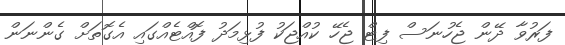
ފަރުވާ ދޭން ޖެހުނަސް ފިޓް ޖެހޭ ކުއްޖަކު ފުޅިމަދު ފޮއްޓެއްގައި އެގޮތަށް ގެންނަން